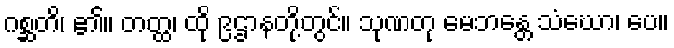
ဂစ္ဆတိ၊ ၏။ တတ္ထ၊ ထို ၉ဌာနတို့တွင်။ သုဏတု မေဘန္တေ သံဃော၊ ပေ။